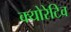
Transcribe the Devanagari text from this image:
क्योरेटिव